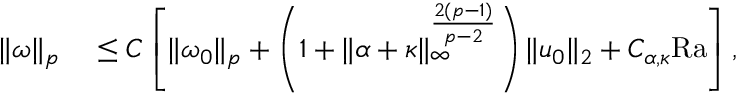
\begin{array} { r l } { \| \omega \| _ { p } } & { { } \leq C \left[ \| \omega _ { 0 } \| _ { p } + \left( 1 + \| \alpha + \kappa \| _ { \infty } ^ { \frac { 2 ( p - 1 ) } { p - 2 } } \right) \| u _ { 0 } \| _ { 2 } + C _ { \alpha , \kappa } \mathrm { { R a } } \right] , } \end{array}